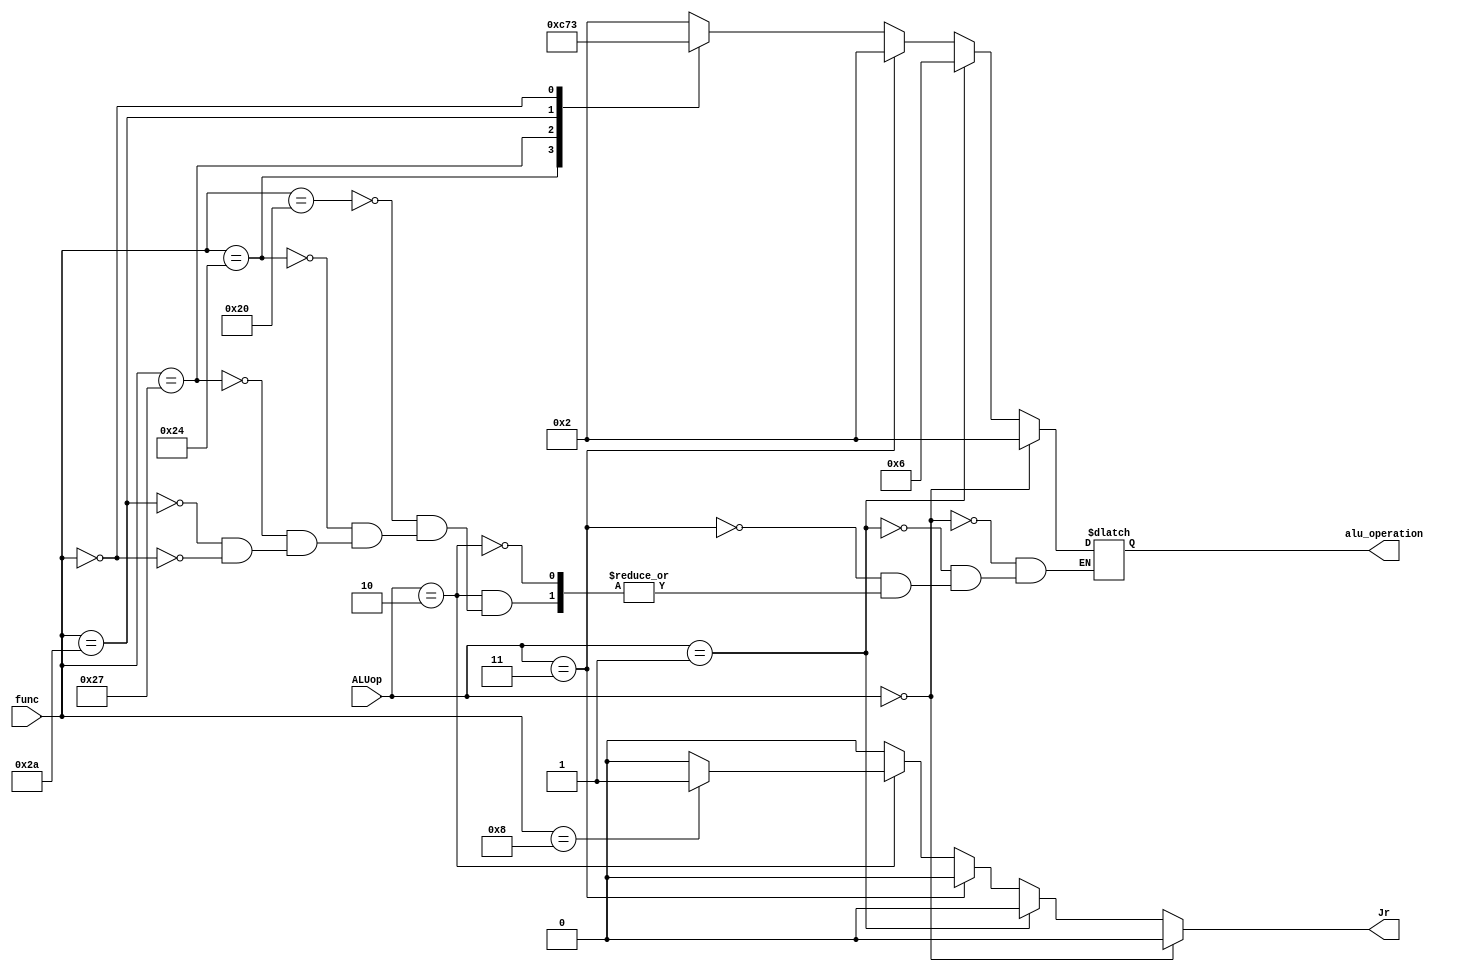
module ALUcontrol(alu_operation,Jr , func , ALUop);
	input [5:0]func;
	input [1:0]ALUop; 
	output [3:0]alu_operation;
	output Jr;
	
	reg [3:0]alu_operation;
	reg Jr;
	/*
	ALUop:
	======
	00 : Addition needed (regardless the func field)
	01 : subtraction needed (regardless the func field)
	11 : AND needed (regardless the func field)
	10 : LOOK for the func field to determine the operation needed.


	ALU OPERATIONS :
	================
	AND     0000
	OR 		0001
	Add     0010
	Subtract	0110
	Set on less than	0111
	NOR		1100
	Shift left 0011
	*/			
	
	always @(func or ALUop)
	begin
		Jr<=0;
	 	if (ALUop==2'b00) alu_operation <= 4'b0010;  // add operation [for lw and sw]
	 	else if(ALUop==2'b01) alu_operation <= 4'b0110; // sub operation [for beq]
	 	else if(ALUop==2'b11) alu_operation <= 4'b0010; // and operation [for andi]
	 	else if(ALUop==2'b10) // for R instructions , alu operation depends on the func field
	 		begin
	 			case(func)
	 				6'b100000: alu_operation <= 4'b0010; //ADD ==> OP :ADD 
	 				6'b100100: alu_operation <= 4'b0000; //AND ==> OP :AND
	 				6'b100111: alu_operation <= 4'b1100; //NOR ==> OP :NOR
	 				6'b001000: begin
						 	   Jr<=1;
						 	   end
	 				6'b101010: alu_operation <= 4'b0111; //Slt ==> OP :set on less than 
	 				6'b000000: alu_operation <= 4'b0011; //Sll ==> OP :shift left 
	 			endcase
	 		end
	 end 
	
endmodule